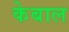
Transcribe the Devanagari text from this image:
केबाल